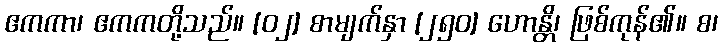
ဧကကာ၊ ဧကကတို့သည်။ [၀၂] စာမျက်နှာ [၂၅၀] ဟောန္တိ၊ ဖြစ်ကုန်၏။ စ၊